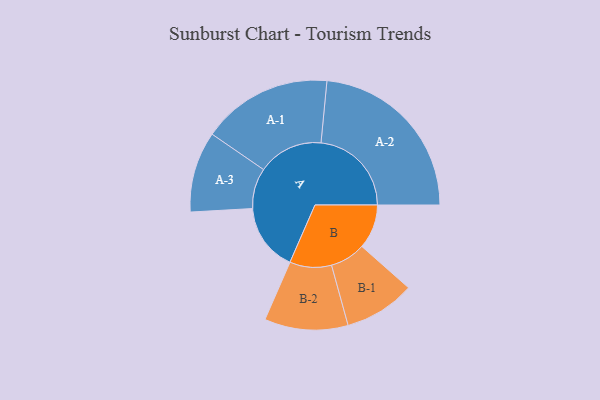
{"axis": {"x": "Segment", "y": "Value"}, "legend": ["", "A", "B"], "data": [{"x": "A", "y": 204, "type": ""}, {"x": "B", "y": 134, "type": ""}, {"x": "A-1", "y": 197, "type": "A"}, {"x": "A-2", "y": 273, "type": "A"}, {"x": "A-3", "y": 122, "type": "A"}, {"x": "B-1", "y": 107, "type": "B"}, {"x": "B-2", "y": 126, "type": "B"}]}